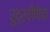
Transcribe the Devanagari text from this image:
रुद्रवीणेचा